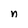
Character: n